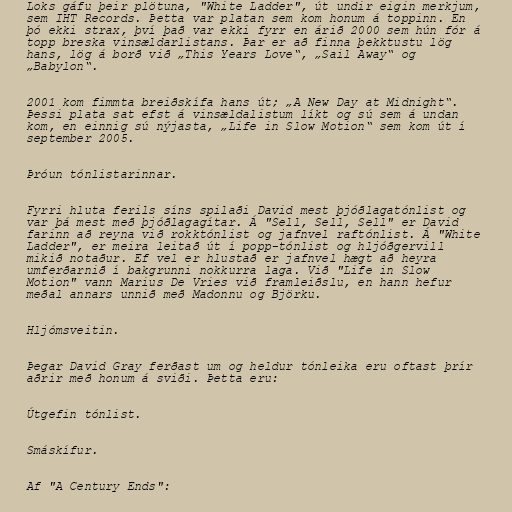
Loks gáfu þeir plötuna, "White Ladder", út undir eigin merkjum,
sem IHT Records. Þetta var platan sem kom honum á toppinn. En
þó ekki strax, því það var ekki fyrr en árið 2000 sem hún fór á
topp breska vinsældarlistans. Þar er að finna þekktustu lög
hans, lög á borð við „This Years Love“, „Sail Away“ og
„Babylon“.

2001 kom fimmta breiðskífa hans út; „A New Day at Midnight“.
Þessi plata sat efst á vinsældalistum líkt og sú sem á undan
kom, en einnig sú nýjasta, „Life in Slow Motion“ sem kom út í
september 2005.

Þróun tónlistarinnar.

Fyrri hluta ferils síns spilaði David mest þjóðlagatónlist og
var þá mest með þjóðlagagítar. Á "Sell, Sell, Sell" er David
farinn að reyna við rokktónlist og jafnvel raftónlist. Á "White
Ladder", er meira leitað út í popp-tónlist og hljóðgervill
mikið notaður. Ef vel er hlustað er jafnvel hægt að heyra
umferðarnið í bakgrunni nokkurra laga. Við "Life in Slow
Motion" vann Marius De Vries við framleiðslu, en hann hefur
meðal annars unnið með Madonnu og Björku.

Hljómsveitin.

Þegar David Gray ferðast um og heldur tónleika eru oftast þrír
aðrir með honum á sviði. Þetta eru:

Útgefin tónlist.

Smáskífur.

Af "A Century Ends":